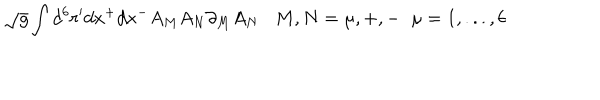
LaTeX: \sqrt { g } \int d ^ { 6 } r ^ { \prime } d x ^ { + } d x ^ { - } A _ { M } A _ { N } \partial _ { M } A _ { N } M , N = \mu , + , - \; \; \mu = 1 , . . . , 6